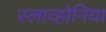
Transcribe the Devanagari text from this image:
स्लाव्होनिया